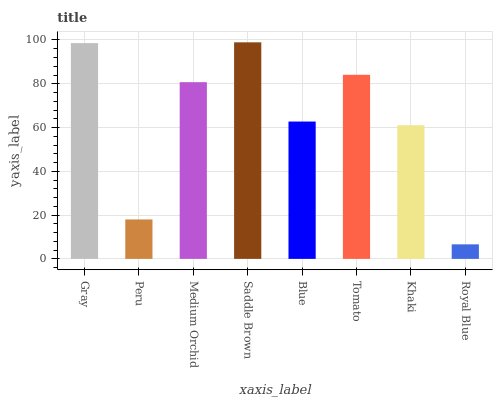
| xaxis_label | bars |
 | --- | --- |
 | Gray | 98.6 |
 | Peru | 18 |
 | Medium Orchid | 80.7 |
 | Saddle Brown | 98.9 |
 | Blue | 62.7 |
 | Tomato | 84.1 |
 | Khaki | 61.1 |
 | Royal Blue | 6.64 |